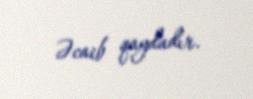
Əcaib qaydadır.